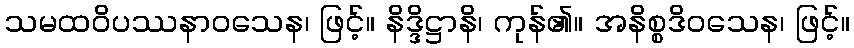
သမထဝိပဿနာဝသေန၊ ဖြင့်။ နိဒ္ဒိဋ္ဌာနိ၊ ကုန်၏။ အနိစ္စဒိဝသေန၊ ဖြင့်။